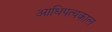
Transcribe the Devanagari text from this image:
आधिपत्यकाल